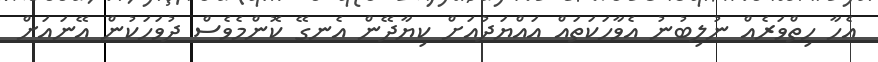
އެހާ ހިތްވަރެއް ނުލިބުނު އެވާހަކަތައް އައްޔަދުއަށް ކިޔާދޭން އެނގޭ ކޮންމެވެސް ދުވަހަކުން އޭނައަށް